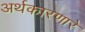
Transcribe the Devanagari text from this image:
अर्थकारणारे